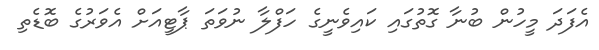
އެފަދަ މީހުން ބުނާ ގޮތުގައި ކައިވެނީގެ ހަފްލާ ނުވަތަ ޕާޓީއަށް އެވަރުގެ ބޮޑެތި